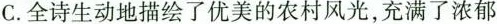
C.全诗生动地描绘了优美的农村风光，充满了浓郁